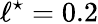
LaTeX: \ell^{\star}=0.2